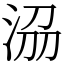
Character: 𣴀